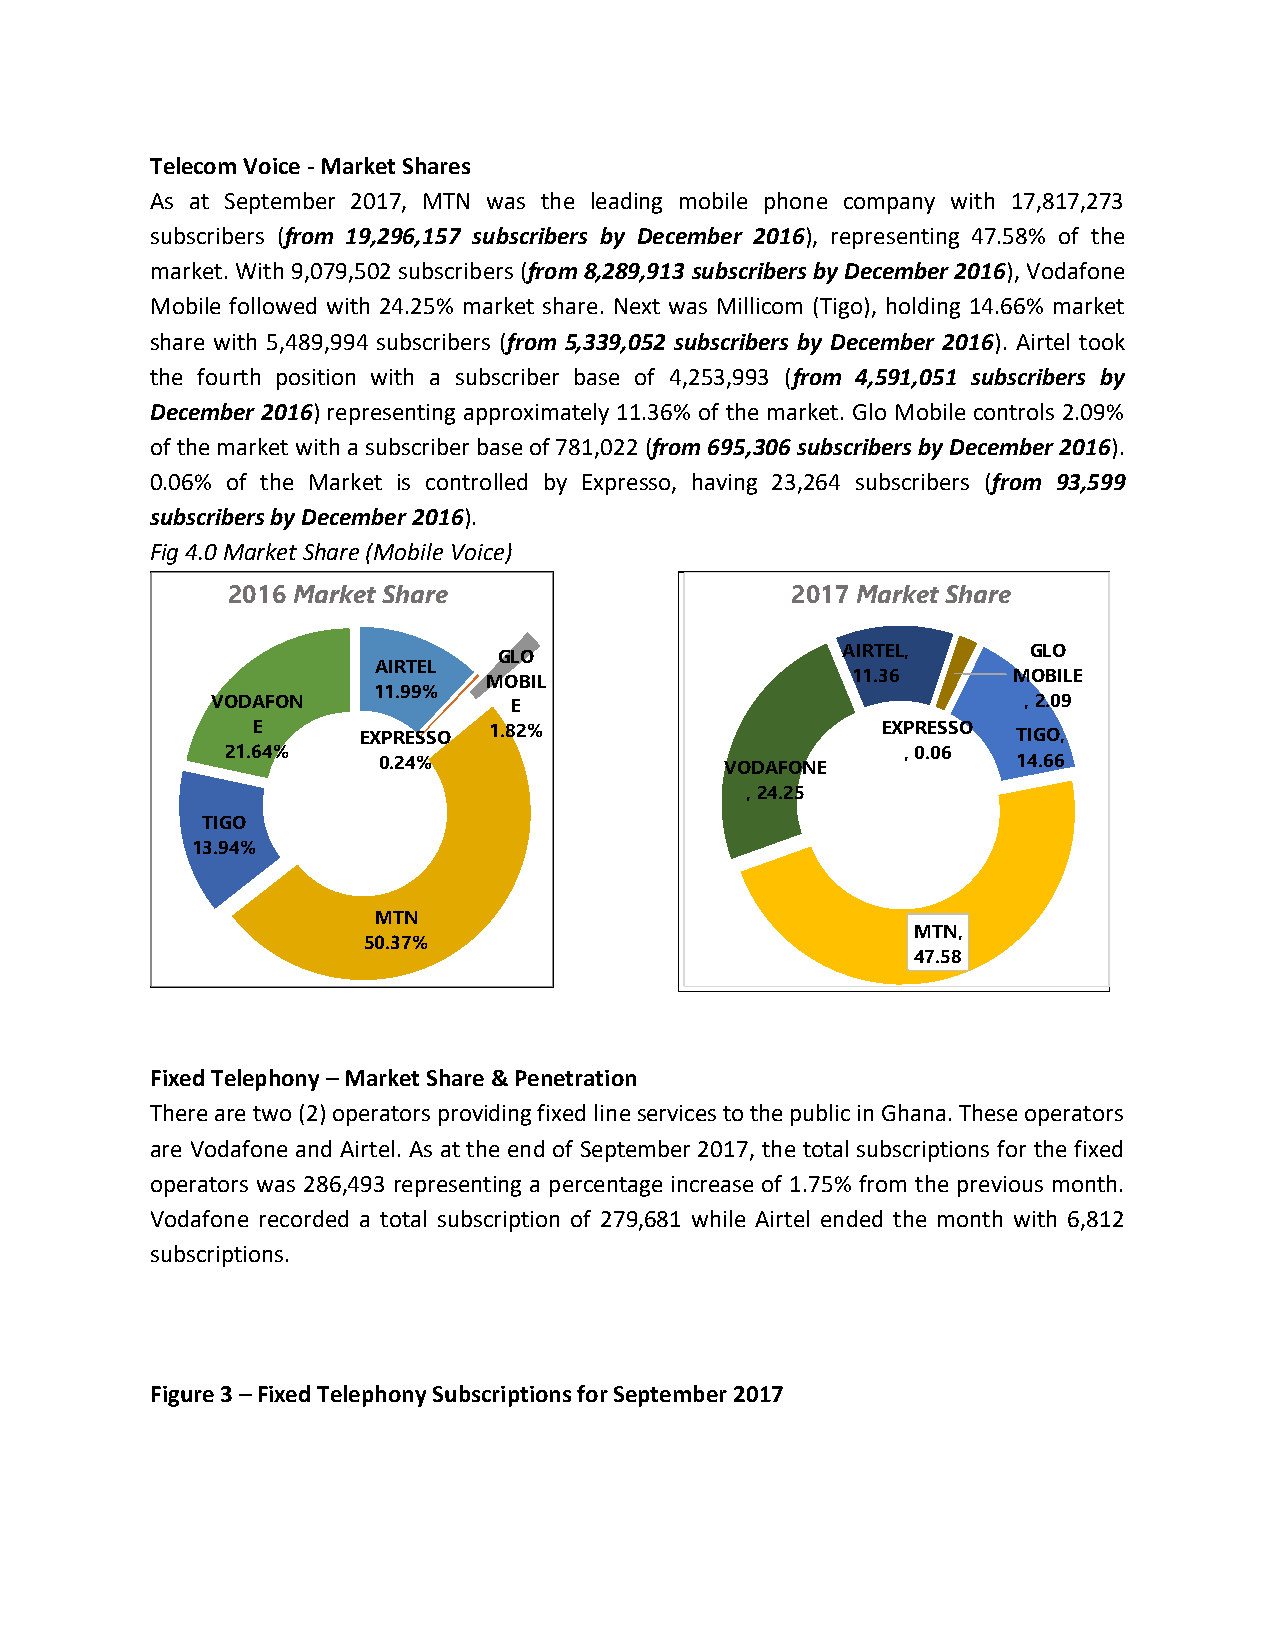
Telecom Voice - Market Shares
 As at September 2017, MTN was the leading mobile phone company with 17,817,273
 subscribers (from 19,296,157 subscribers by December 2016), representing 47.58% of the
 market. With 9,079,502 subscribers (from 8,289,913 subscribers by December 2016), Vodafone
 Mobile followed with 24.25% market share. Next was Millicom (Tigo), holding 14.66% market
 share with 5,489,994 subscribers (from 5,339,052 subscribers by December 2016). Airtel took
 the fourth position with a subscriber base of 4,253,993 (from 4,591,051 subscribers by
 December 2016) representing approximately 11.36% of the market. Glo Mobile controls 2.09%
 of the market with a subscriber base of 781,022 (from 695,306 subscribers by December 2016).
 0.06% of the Market is controlled by Expresso, having 23,264 subscribers (from 93,599
 subscribers by December 2016).
 Fig 4.0 Market Share (Mobile Voice)
 2016 Market Share                    2017 Market Share
 GLO                    AIRTEL,     GLO
 AIRTEL
 MOBIL                   11.36      MOBILE
 11.99%
 VODAFON             E                                 , 2.09
 E      EXPRESSO 1.82%                    EXPRESSO TIGO,
 21.64%                                       , 0.06
 0.24%                  VODAFONE           14.66
 , 24.25
 TIGO
 13.94%
 MTN
 MTN,
 50.37%
 47.58
 Fixed Telephony – Market Share & Penetration
 There are two (2) operators providing fixed line services to the public in Ghana. These operators
 are Vodafone and Airtel. As at the end of September 2017, the total subscriptions for the fixed
 operators was 286,493 representing a percentage increase of 1.75% from the previous month.
 Vodafone recorded a total subscription of 279,681 while Airtel ended the month with 6,812
 subscriptions.
 Figure 3 – Fixed Telephony Subscriptions for September 2017